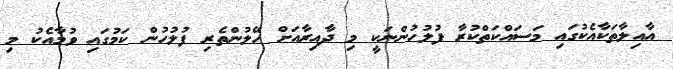
އާއިލާތަކާއެކުގައި މަސައްކަތްކުރާ ފުލުހުންނަކީ މި ދާއިރާއަށް ހޭލުންތެރި ފުލުހުން ކަމުގައި ވުމާއެކު މި